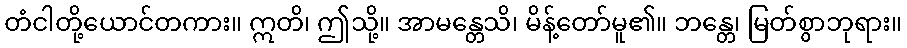
တံငါတို့ယောင်တကား။ ဣတိ၊ ဤသို့။ အာမန္တေသိ၊ မိန့်တော်မူ၏။ ဘန္တေ၊ မြတ်စွာဘုရား။